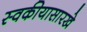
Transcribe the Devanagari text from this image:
स्वकीयासारखे